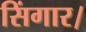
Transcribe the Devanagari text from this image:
सिंगार।